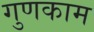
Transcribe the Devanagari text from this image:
गुणकाम